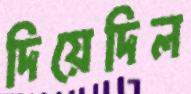
দিয়েদিল